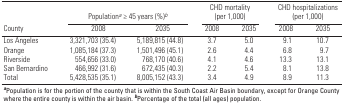
<table><thead><tr><td rowspan="2"><b>County</b></td><td colspan="2"><b>Population<sup><i>a</i></sup> ≥ 45 years (%)<sup><i>b</i></sup></b></td><td colspan="2"><b>CHD mortality (per 1,000)</b></td><td colspan="2"><b>CHD hospitalizations (per 1,000)</b></td></tr><tr><td><b>2008</b></td><td><b>2035</b></td><td><b>2008</b></td><td><b>2035</b></td><td><b>2008</b></td><td><b>2035</b></td></tr></thead><tbody><tr><td><b>Los Angeles</b></td><td>3,321,703 (35.4)</td><td>5,189,815 (44.8)</td><td>3.7</td><td>5.0</td><td>9.1</td><td>10.7</td></tr><tr><td><b>Orange</b></td><td>1,085,184 (37.3)</td><td>1,501,496 (45.1)</td><td>2.6</td><td>4.4</td><td>6.8</td><td>9.7</td></tr><tr><td><b>Riverside</b></td><td>554,656 (33.0)</td><td>768,170 (40.6)</td><td>4.1</td><td>4.6</td><td>13.3</td><td>13.1</td></tr><tr><td><b>San Bernardino</b></td><td>466,992 (31.6)</td><td>672,435 (40.3)</td><td>2.2</td><td>5.4</td><td>8.1</td><td>13.8</td></tr><tr><td><b>Total</b></td><td>5,428,535 (35.1)</td><td>8,005,152 (43.3)</td><td>3.4</td><td>4.9</td><td>8.9</td><td>11.3</td></tr><tr><td colspan="7"><sup><i><b>a</b></i></sup>Population is for the portion of the county that is within the South Coast Air Basin boundary, except for Orange County where the entire county is within the air basin. <sup><i><b>b</b></i></sup>Percentage of the total (all ages) population.</td></tr></tbody></table>